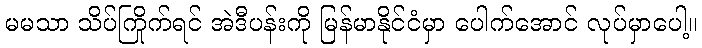
မမသာ သိပ်ကြိုက်ရင် အဲဒီပန်းကို မြန်မာနိုင်ငံမှာ ပေါက်အောင် လုပ်မှာပေါ့။